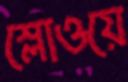
স্লোওয়ে